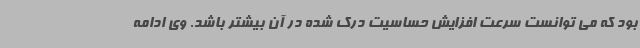
بود که می توانست سرعت افزایش حساسیت درک شده در آن بیشتر باشد. وی ادامه